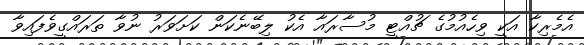
އެމެރިކާ އަކީ ވިހެއުމުގެ ޗުއްޓީ މުސާރައާ އެކު ލިބޭނެކަން ކަށަަވަރު ނުވާ ތަރައްގީވެފައިވާ